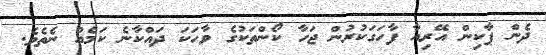
ދެން ޕާކިން އޭރިއާ ފާހަގަކުރުން ޖަހާ ކޯންތަކުގެ ވާހަކަ ދައްކާނެ ކަމެއް ނެތެވެ.